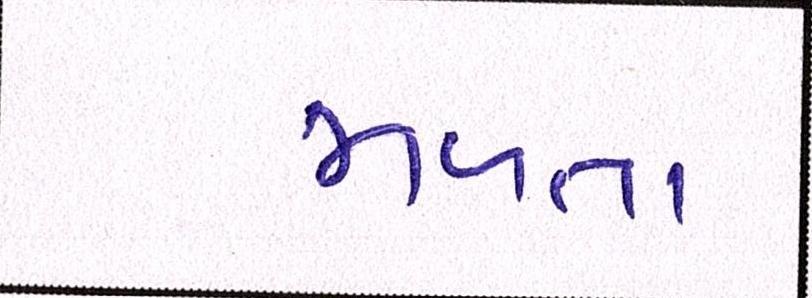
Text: મળતાં